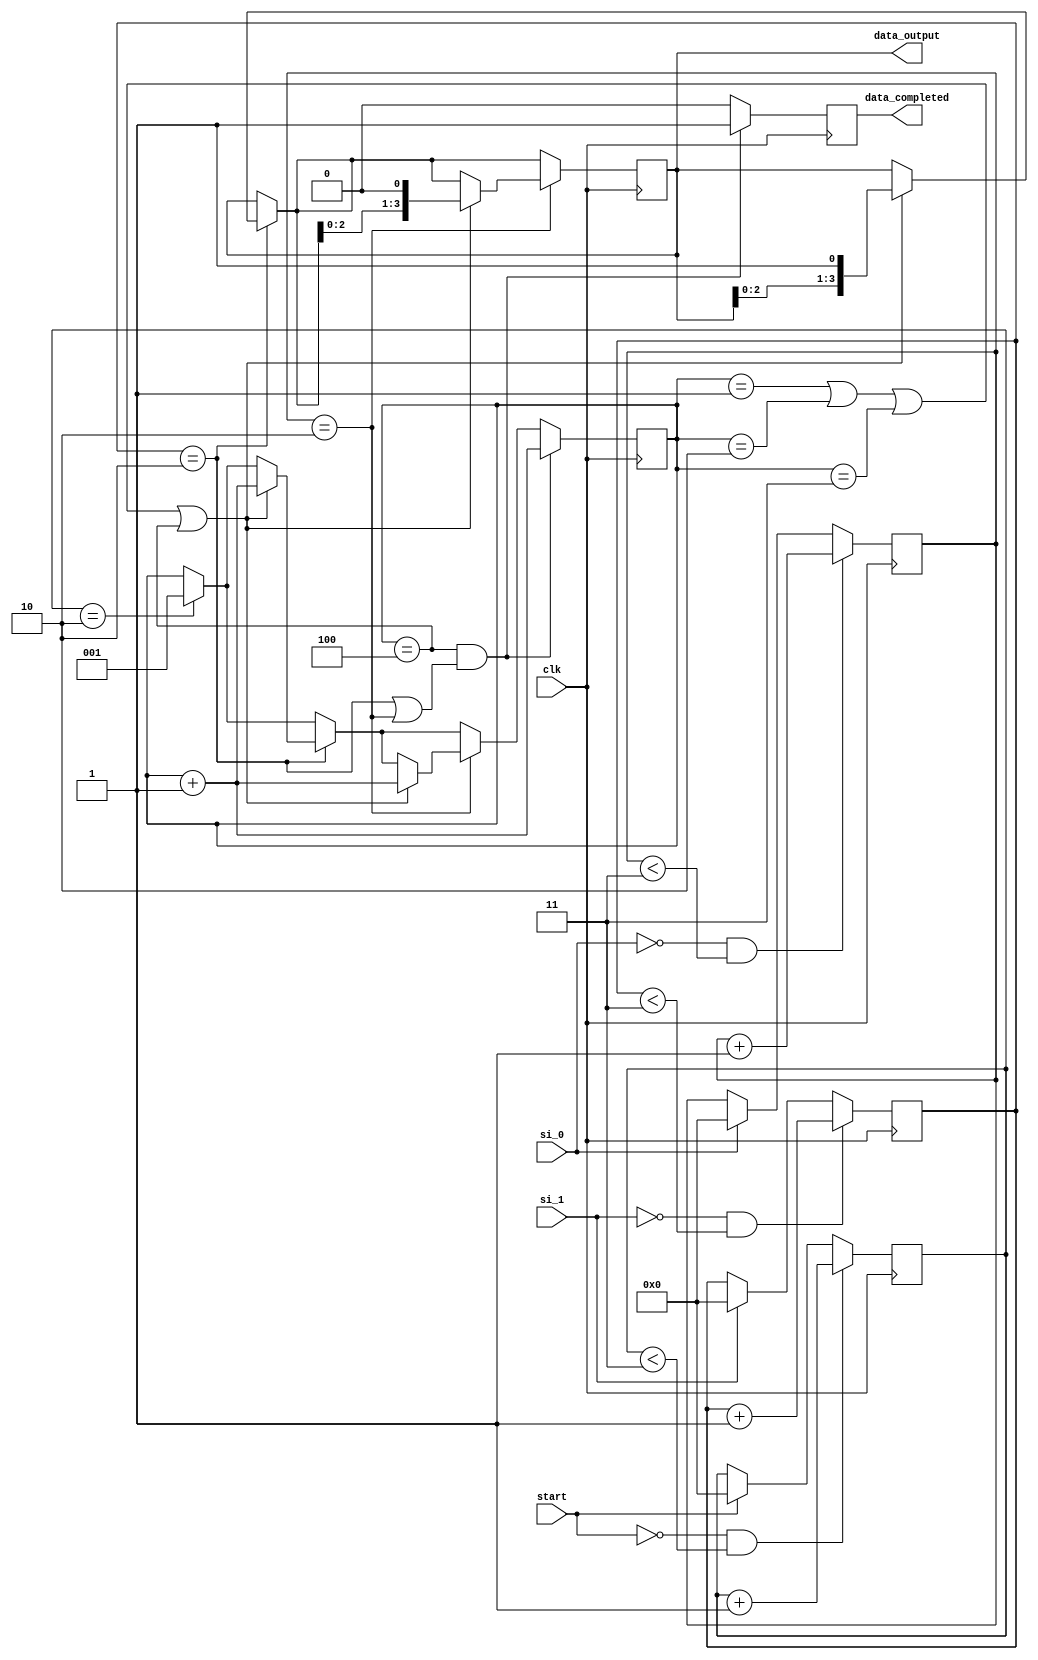
module collect_input(clk,start,si_1,si_0,data_output,data_completed);
input clk,start,si_1,si_0;
reg [2:0] counter;
output reg [3:0] data_output;
output reg data_completed;

integer start_counter, si_1_counter, si_0_counter;


initial
begin
counter=3'b000;
data_output=4'b0000;
data_completed=1'b0;
start_counter='d0;
si_1_counter='d0;
si_0_counter='d0;
end

always @(posedge clk) begin
	if (start == 0 && start_counter < 'd3) begin
			start_counter <= start_counter + 'd1;
	end else if (start == 1) begin
			start_counter <= 0;
	end
		
	if (si_1 == 0 && si_1_counter < 'd3 ) begin
		si_1_counter <= si_1_counter + 'd1;
	end else if (si_1 == 1) begin
		si_1_counter <= 'd0;
	end	
	
	if (si_0 == 0 && si_0_counter < 'd3 ) begin
		si_0_counter <= si_0_counter + 'd1;
	end else if (si_0 == 1) begin
		si_0_counter <= 'd0;
	end	
end

always@(posedge clk)
begin

	if(start_counter=='d2)
	counter<=3'b001;
	
	if(si_1_counter=='d2)
	begin
		if(counter==3'b001 || counter==3'b010||counter==3'b011||counter==3'b100)
		begin
		data_output={data_output[2:0],1'b1};
		counter<=counter+3'b001;
		end
	end

	if(si_0_counter=='d2)
	begin
		if(counter==3'b001 || counter==3'b010||counter==3'b011||counter==3'b100)
		begin
		data_output={data_output[2:0],1'b0};
		counter<=counter+3'b001;
		end
	end	
	
	if(counter==3'b100 && (si_1_counter=='d2 || si_0_counter=='d2))
	begin
	data_completed<=1'b1;
	counter<=counter+3'b001;
	end
	else
	data_completed=1'b0;
	
end
endmodule